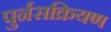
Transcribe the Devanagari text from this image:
पुर्नसक्रियण